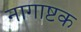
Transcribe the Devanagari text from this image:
नागाष्टक